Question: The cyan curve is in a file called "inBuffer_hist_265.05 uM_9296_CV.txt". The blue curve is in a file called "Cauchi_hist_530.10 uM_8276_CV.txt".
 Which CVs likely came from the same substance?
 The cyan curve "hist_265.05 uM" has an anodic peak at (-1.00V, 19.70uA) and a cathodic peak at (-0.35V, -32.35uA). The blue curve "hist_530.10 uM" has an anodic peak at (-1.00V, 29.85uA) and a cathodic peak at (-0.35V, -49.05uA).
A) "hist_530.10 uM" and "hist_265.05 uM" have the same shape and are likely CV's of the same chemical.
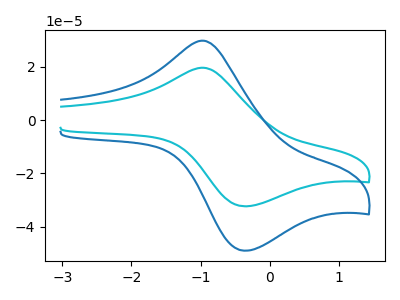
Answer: <think>All the peaks in "hist_265.05 uM" have a peak in "hist_530.10 uM" at the same potential. Every peak in "hist_265.05 uM" is lower than every peak in "hist_530.10 uM".
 </think>
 <answer>A) "hist_530.10 uM" and "hist_265.05 uM" have the same shape and are likely CV's of the same chemical.</answer>
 <eval>A</eval>